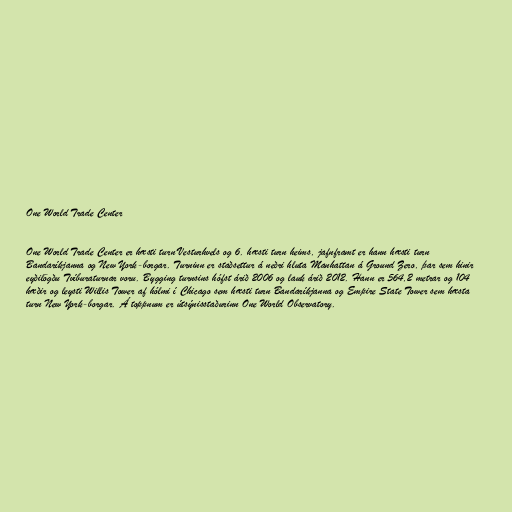
One World Trade Center

One World Trade Center er hæsti turn Vesturhvels og 6. hæsti turn heims, jafnframt er hann hæsti turn
Bandaríkjanna og New York-borgar. Turninn er staðsettur á neðri hluta Manhattan á Ground Zero, þar sem hinir
eyðilögðu Tvíburaturnar voru. Bygging turnsins hófst árið 2006 og lauk árið 2012. Hann er 564,2 metrar og 104
hæðir og leysti Willis Tower af hólmi í Chicago sem hæsti turn Bandaríkjanna og Empire State Tower sem hæsta
turn New York-borgar. Á toppnum er útsýnisstaðurinn One World Observatory.